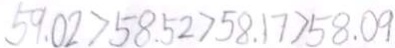
5 9 . 0 2 > 5 8 . 5 2 > 5 8 . 1 7 > 5 8 . 0 9